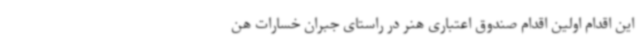
این اقدام اولین اقدام صندوق اعتباری هنر در راستای جبران خسارات هن